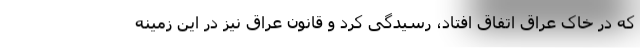
که در خاک عراق اتفاق افتاد، رسیدگی کرد و قانون عراق نیز در این زمینه